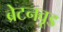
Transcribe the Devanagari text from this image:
ब्रेटनवूड